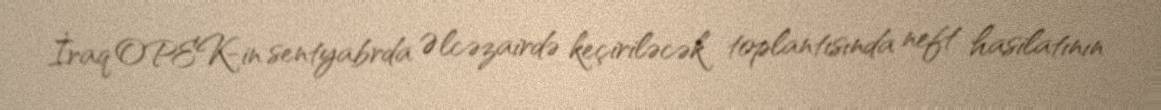
İraq OPEK-in sentyabrda Əlcəzairdə keçiriləcək toplantısında neft hasilatının